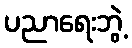
ပညာရေးဘွဲ့